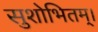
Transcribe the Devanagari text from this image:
सुशोभितम्।